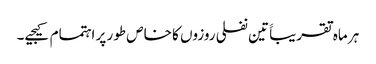
ہر ماہ تقریباََ تین نفلی روزوں کا خاص طور پر اہتمام کیجیے۔